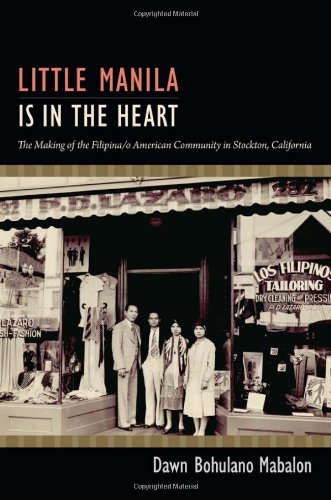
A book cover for Little Manila Is in the Heart: The Making of the Filipina/o American Community in Stockton, California; Dawn Bohulano Mabalon; History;